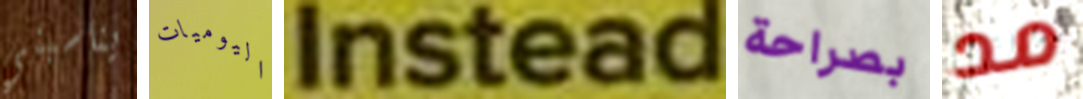
يناسبني اليوميات Instead بصراحة مد